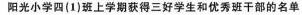
阳光小学四(1)班上学期获得三好学生和优秀班干部的名单